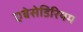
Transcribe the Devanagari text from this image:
एबेसेडिरियम